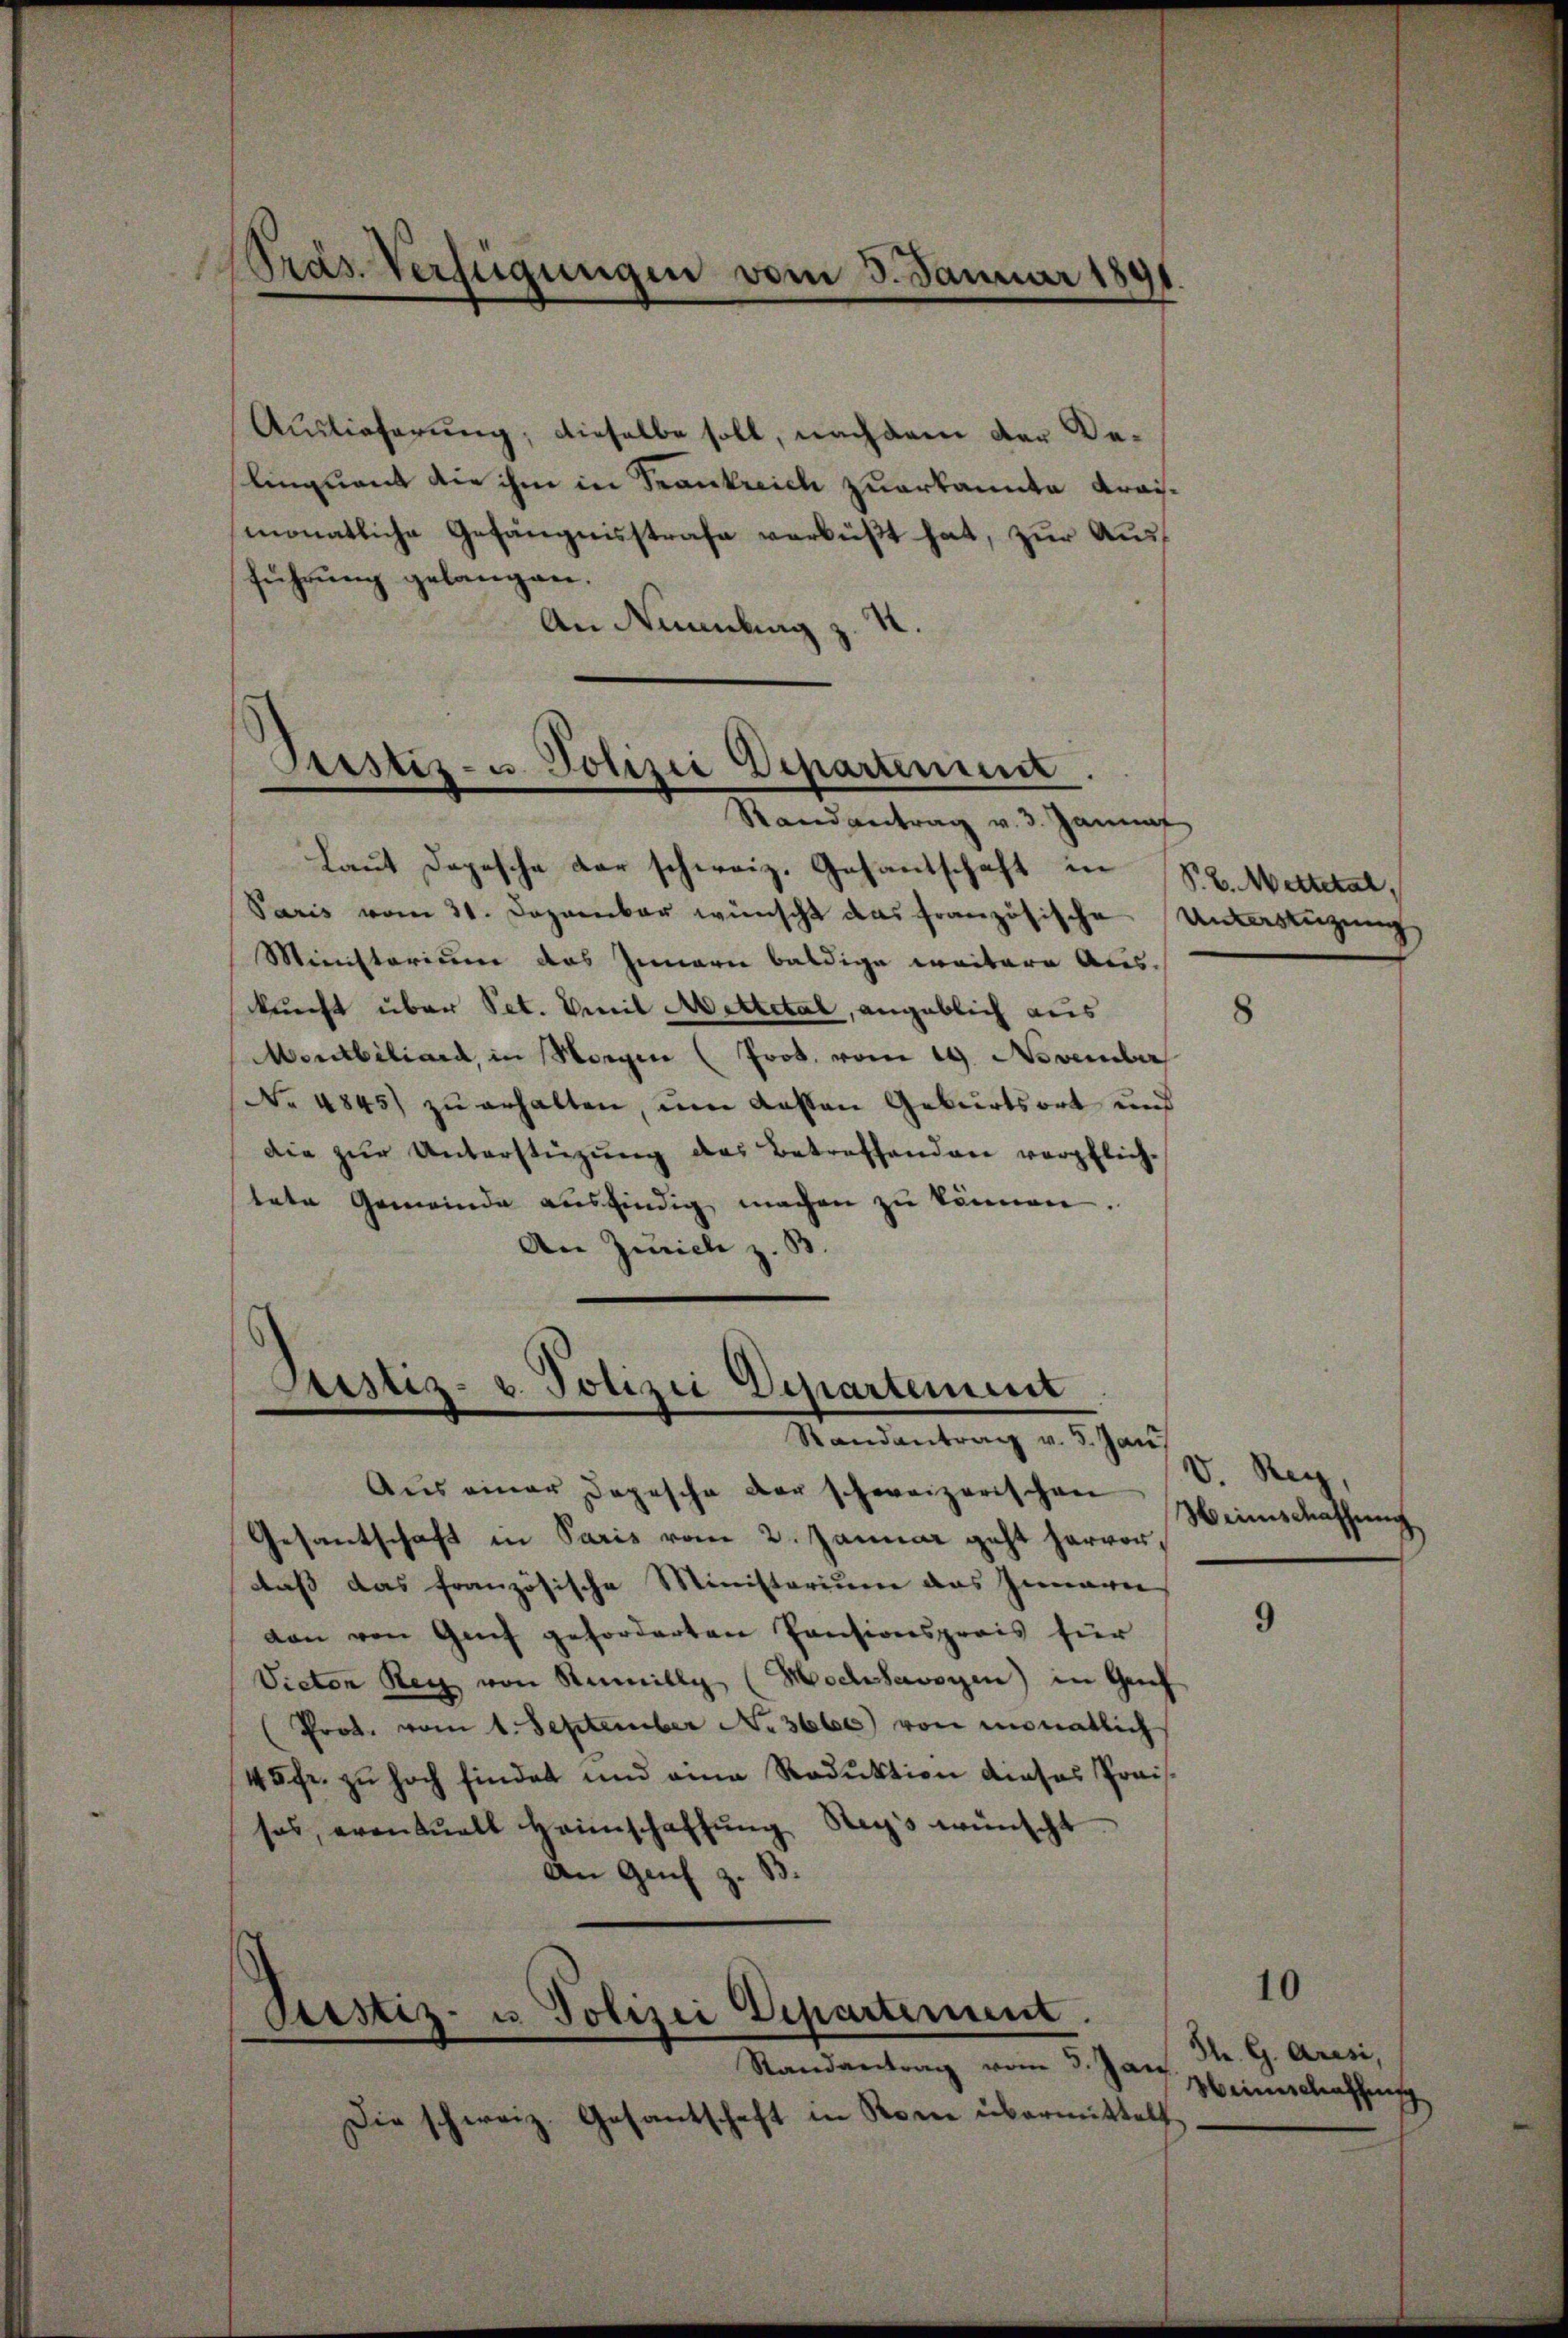
Präs. Verfügungen vom 3. Januar 1891

Laut dopesche der schweiz. Gesantschaft in St. Wetteral
Paris vom 31. Dezember wünscht das französische Unterstüzung
Ministorium das Innern baldige weitere Aus-
kunft über Pet. Emil Mettetal, angeblich aus
Mentbiliard, in Sorgen (Prod. vom 19. November
No 4845) zu erhalten, um dasten Geburtsort und
die zŭr Unterstützŭng des Betreffenden verpflich-
tete Gemeinde ausfindig machen zŭ können.
An Zürich z. B.

führung gelangen.
.
An Nummling

Prestiz- u Polizei Departement.
Randantrag v. 3. Jannf

Auslieferung, dieselbe soll, nachdem der Belinquant die ihm in Frankreich zuerkannte Kraismonatliche Gefängnisstrafe verbüßt hat, zur Aus¬

Sistiz- u. Polizei Departement
Randantrag v. 5. Jan

Ptistiz- u. Polizei Departement.
Randantrag vom 3. Ja

Die schweiz. Gesantschaft in Rom übermittelt

Aus einer Depesche der schweizerischen
Gesantschaft in Paris vom 2. Januar geht hervor,
daß das französische Ministorium das Innern
don von Genf geforderten Pensionspreis für
Vieton Rey von Seilly (Hochsavoyen in Genf
Prot. vom 1. September Nr. 3665) von monatlich
45fr. zu hoch findet und eine Reduktion dieses Preissas, eventuell Heimschaffŭng Stegs wünscht
An Genf z. B.

8

V. Reg
Weinschaffung

9

10

Sh. G. Arisi,
e
Weinschaffung